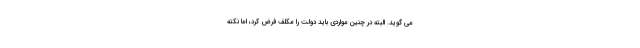
می گوید. البته در چنین مواردی باید دولت را مکلف فرض کرد، اما نکته